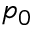
p _ { 0 }